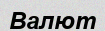
Валют